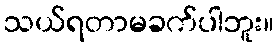
သယ်ရတာမခက်ပါဘူး။